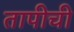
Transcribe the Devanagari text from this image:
तापीची